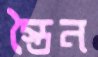
স্তৈন